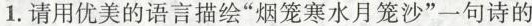
1.请用优美的语言描绘”烟笼寒水月笼沙”一句诗的